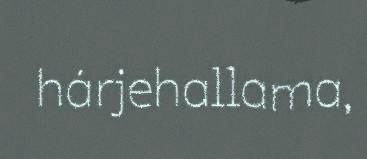
hárjehallama,